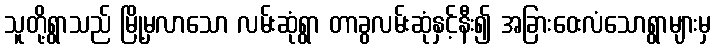
သူတို့ရွာသည် မြို့မှလာသော လမ်းဆုံရွာ တာခွလမ်းဆုံနှင့်နီး၍ အခြားဝေးလံသောရွာများမှ